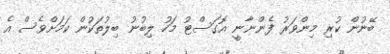
ބޭނުން ކުރި މިންވަރު ފެންނާނީ އޮގަސްޓު މަހު ލިބުނު ބިލުތަކުން ކަމަށްވެސް އެ